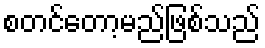
စတင်တော့မည်ဖြစ်သည်